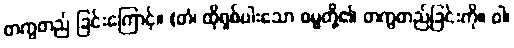
တကွတည် ခြင်းကြောင့်။ (တံ၊ ထိုရှစ်ပါးသော ဓမ္မတို့၏ တကွတည်ခြင်းကို။ ဝါ၊